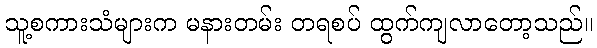
သူ့စကားသံများက မနားတမ်း တရစပ် ထွက်ကျလာတော့သည်။